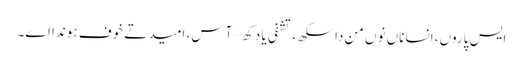
ایس پاروں، انساناں نوں من دا سکھ، تشفی یا دکھ – آس، امید تے خوف ہوندا اے۔